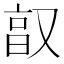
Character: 𫩂